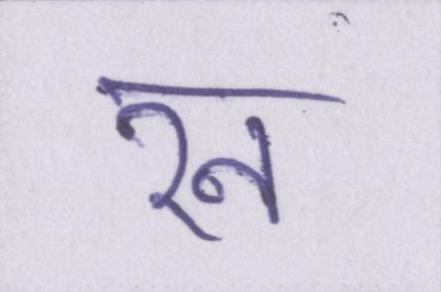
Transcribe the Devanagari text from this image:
रन